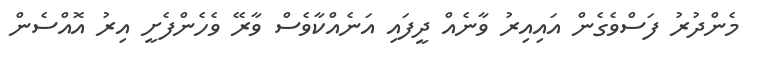
މެންދުރު ފަސްވެގެން އައިއިރު ވާނެއް ދީފައި އަނެއްކާވެސް ވާރޭ ވެހެންފެށީ އިރު އޮއްސެން